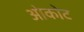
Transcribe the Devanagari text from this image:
ओकोट